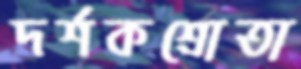
দর্শকশ্রোতা